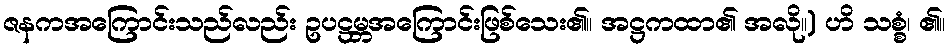
ဇနကအကြောင်းသည်လည်း ဥပဋ္ဌမ္ဘအကြောင်းဖြစ်သေး၏။ အဋ္ဌကထာ၏ အလို။) ဟိ သစ္စံ၊ ၏။